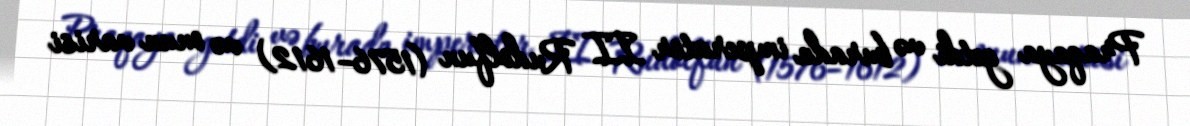
Praqaya getdi və burada imperator II Rudolfun (1576–1612) və onun varisi